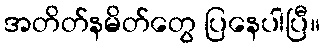
အတိတ်နမိတ်တွေ ပြနေပါပြီ။